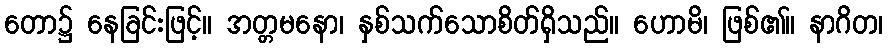
တော၌ နေခြင်းဖြင့်။ အတ္တမနော၊ နှစ်သက်သောစိတ်ရှိသည်။ ဟောမိ၊ ဖြစ်၏။ နာဂိတ၊